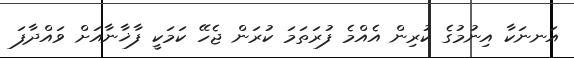
އަނނަކާ އިނުމުގެ ކުރިން އެއްމެ ފުރަތަމަ ކުރަން ޖެހޭ ކަމަކީ ފާޚާނާއަށް ވައްދާފަ